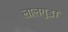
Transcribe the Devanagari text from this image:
लालगुड़ा